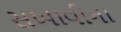
સખાવીના